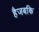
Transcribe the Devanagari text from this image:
हैजबकि